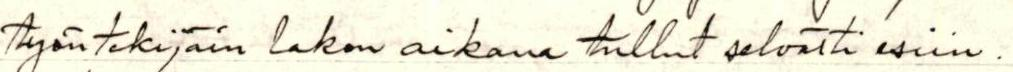
työntekijäin lakon aikana tullut selvästi esiin.